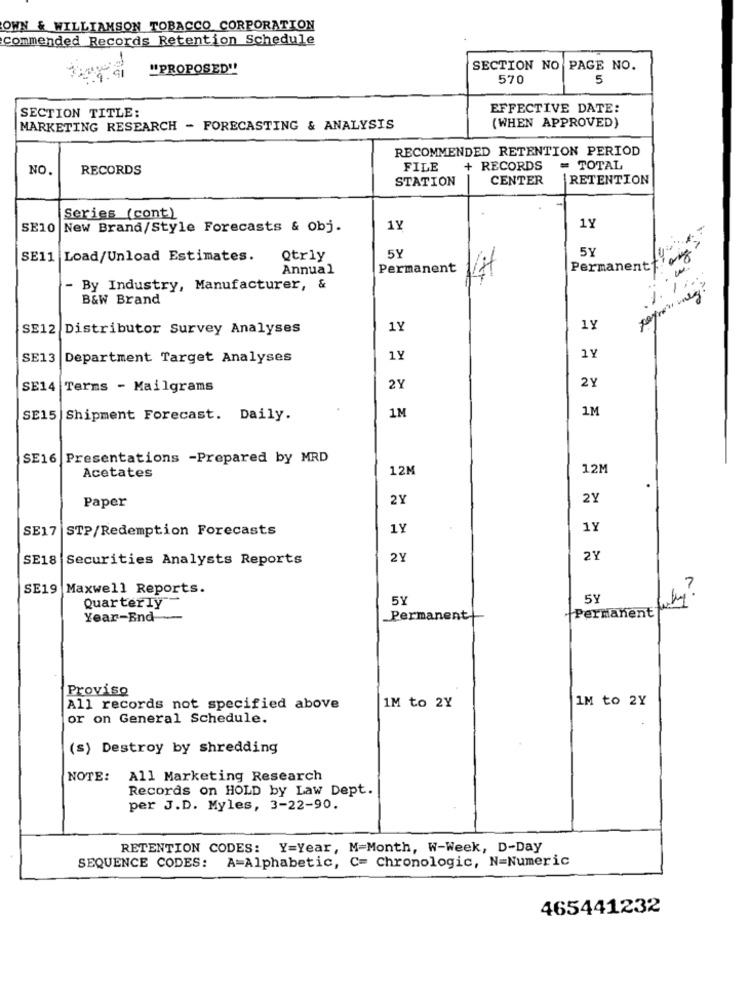
OWN & WILLIAMSON TOBACCO CORPORATION
commended Records Retention Schedule
"PROPOSED"
SECTION NO PAGE NO.
570
5
EFFECTIVE DATE:
SECTION TITLE:
MARKETING RESEARCH - FORECASTING & ANALYSIS
(WHEN APPROVED)
RECOMMENDED RETENTION PERIOD
NO.
RECORDS
FILE
+ RECORDS
= TOTAL
STATION
CENTER
RETENTION
Series (cont)
1Y
SE10 New Brand/Style Forecasts & Obj.
1Y
5Y
SE11 Load/Unload Estimates.
Qtrly
5Y
Annual
Permanent+
Permanent CH
- By Industry, Manufacturer, &
B&W Brand
SE12 Distributor Survey Analyses
1Y
1Y
SE13
Department Target Analyses
1Y
1Y
2Y
SE14 Terms - Mailgrams
2Y
1M
SE15 Shipment Forecast. Daily.
1M
SE16 Presentations -Prepared by MRD
Acetates
12M
12M
Paper
2Y
2Y
SE17 STP/Redemption Forecasts
1Y
1Y
SE18
Securities Analysts Reports
2Y
2Y
SE19 Maxwell Reports.
5Y
5Y
why?
Quarterly
Permanent
Year-End
Permanent
Proviso
1M to 2Y
All records not specified above
1M to 2Y
or on General Schedule.
(s) Destroy by shredding
NOTE: All Marketing Research
Records on HOLD by Law Dept.
per J.D. Myles, 3-22-90.
RETENTION CODES: Y=Year, M=Month, W-Week, D-Day
A=Alphabetic, C= Chronologic, N=Numeric
SEQUENCE CODES:
465441232